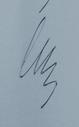
Signature authenticity: genuine